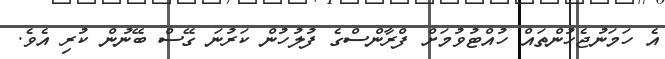
އެ ހަމަނުޖެހުންތައް ހުއްޓުވުމަށް ފްރާންސްގެ ފުލުހުން ކަރުނަ ގޭސް ބޭނުން ކުރި އެވެ.